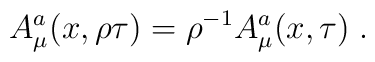
A_{\mu}^{a} ( x, \rho \tau ) =  {\rho}^{- 1} A_{\mu}^{a} ( x, \tau ) \; .